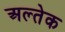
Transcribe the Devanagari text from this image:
अल्तेक